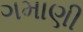
ગમાણી